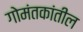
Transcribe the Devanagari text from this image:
गोमंतकांतील